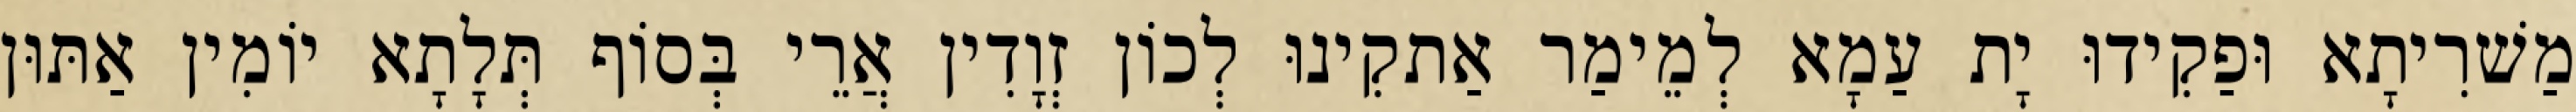
מַשׁרִיתָא וּפַקִידוּ יָת עַמָא לְמֵימַר אַתקִינוּ לְכוֹן זְוָדִין אֲרֵי בְּסוֹף תְּלָתָא יוֹמִין אַתּוּן